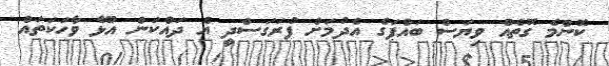
ކޮންމެ ގޮތެއް ވިޔަސް ބައްޕަގެ އެދުމަށް ފުރަގަސްދީ އެ ދައްކަން އުޅޭ ވާހަކަތައް